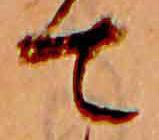
て